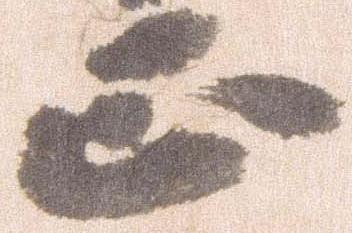
正